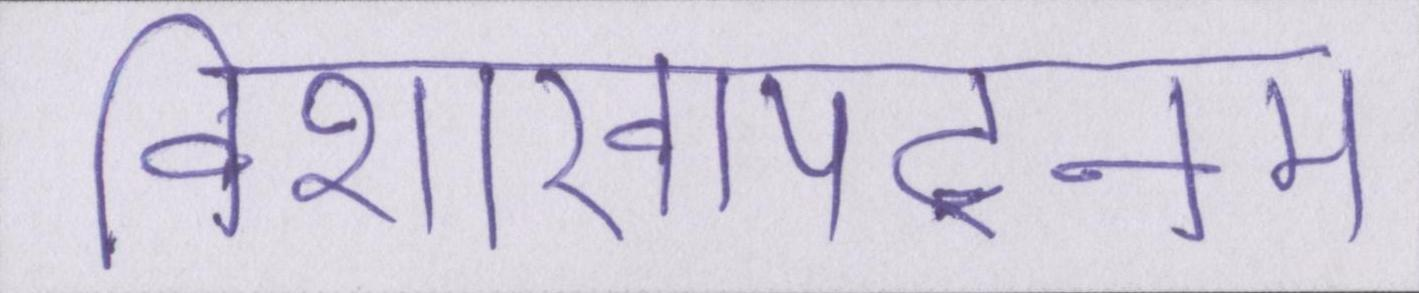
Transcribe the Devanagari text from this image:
विशाखापट्नम